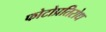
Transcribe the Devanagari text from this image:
फोटोप्रतिरोध